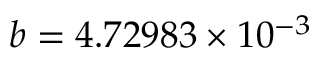
b = 4 . 7 2 9 8 3 \times 1 0 ^ { - 3 }